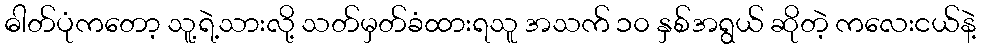
ဓါတ်ပုံကတော့ သူ့ရဲ့သားလို့ သတ်မှတ်ခံထားရသူ အသက် ၁၀ နှစ်အရွယ် ဆိုတဲ့ ကလေးငယ်နဲ့